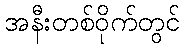
အနီးတစ်ဝိုက်တွင်